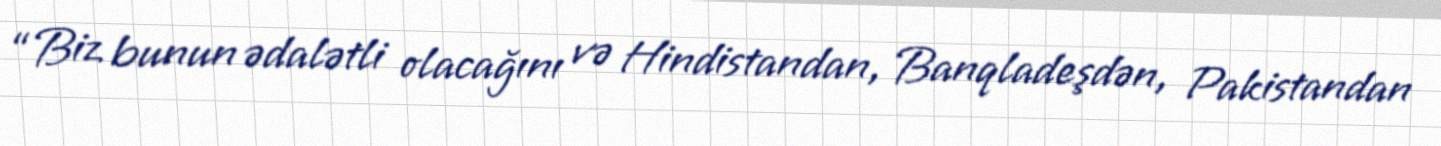
“Biz bunun ədalətli olacağını və Hindistandan, Banqladeşdən, Pakistandan